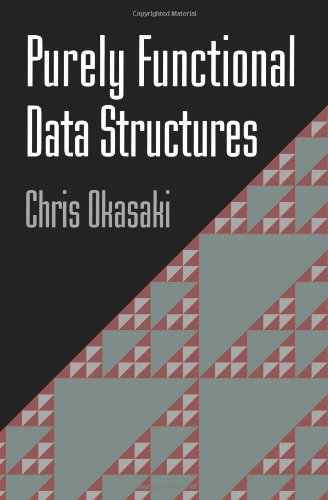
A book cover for Purely Functional Data Structures; Chris Okasaki; Computers & Technology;